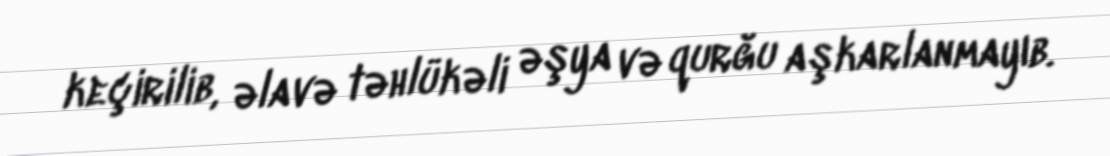
keçirilib, əlavə təhlükəli əşya və qurğu aşkarlanmayıb.